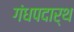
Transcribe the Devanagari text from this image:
गंधपदार्थ